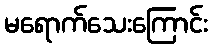
မရောက်သေးကြောင်း